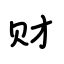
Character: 财